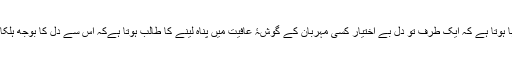
یہ وہ دوراہا ہوتا ہے کہ ایک طرف تو دل بے اختیار کسی مہربان کے گوشۂ عافیت میں پناہ لینے کا طالب ہوتا ہےکہ اُس سے دل کا بوجھ ہلکا کیا جائے۔